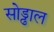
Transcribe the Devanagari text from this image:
सोड्ढाल